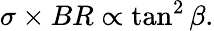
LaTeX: \sigma\times BR\propto\tan^{2}\beta.